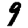
Digit: 9